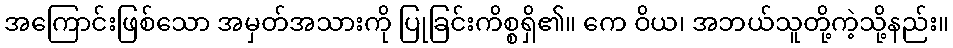
အကြောင်းဖြစ်သော အမှတ်အသားကို ပြုခြင်းကိစ္စရှိ၏။ ကေ ဝိယ၊ အဘယ်သူတို့ကဲ့သို့နည်း။